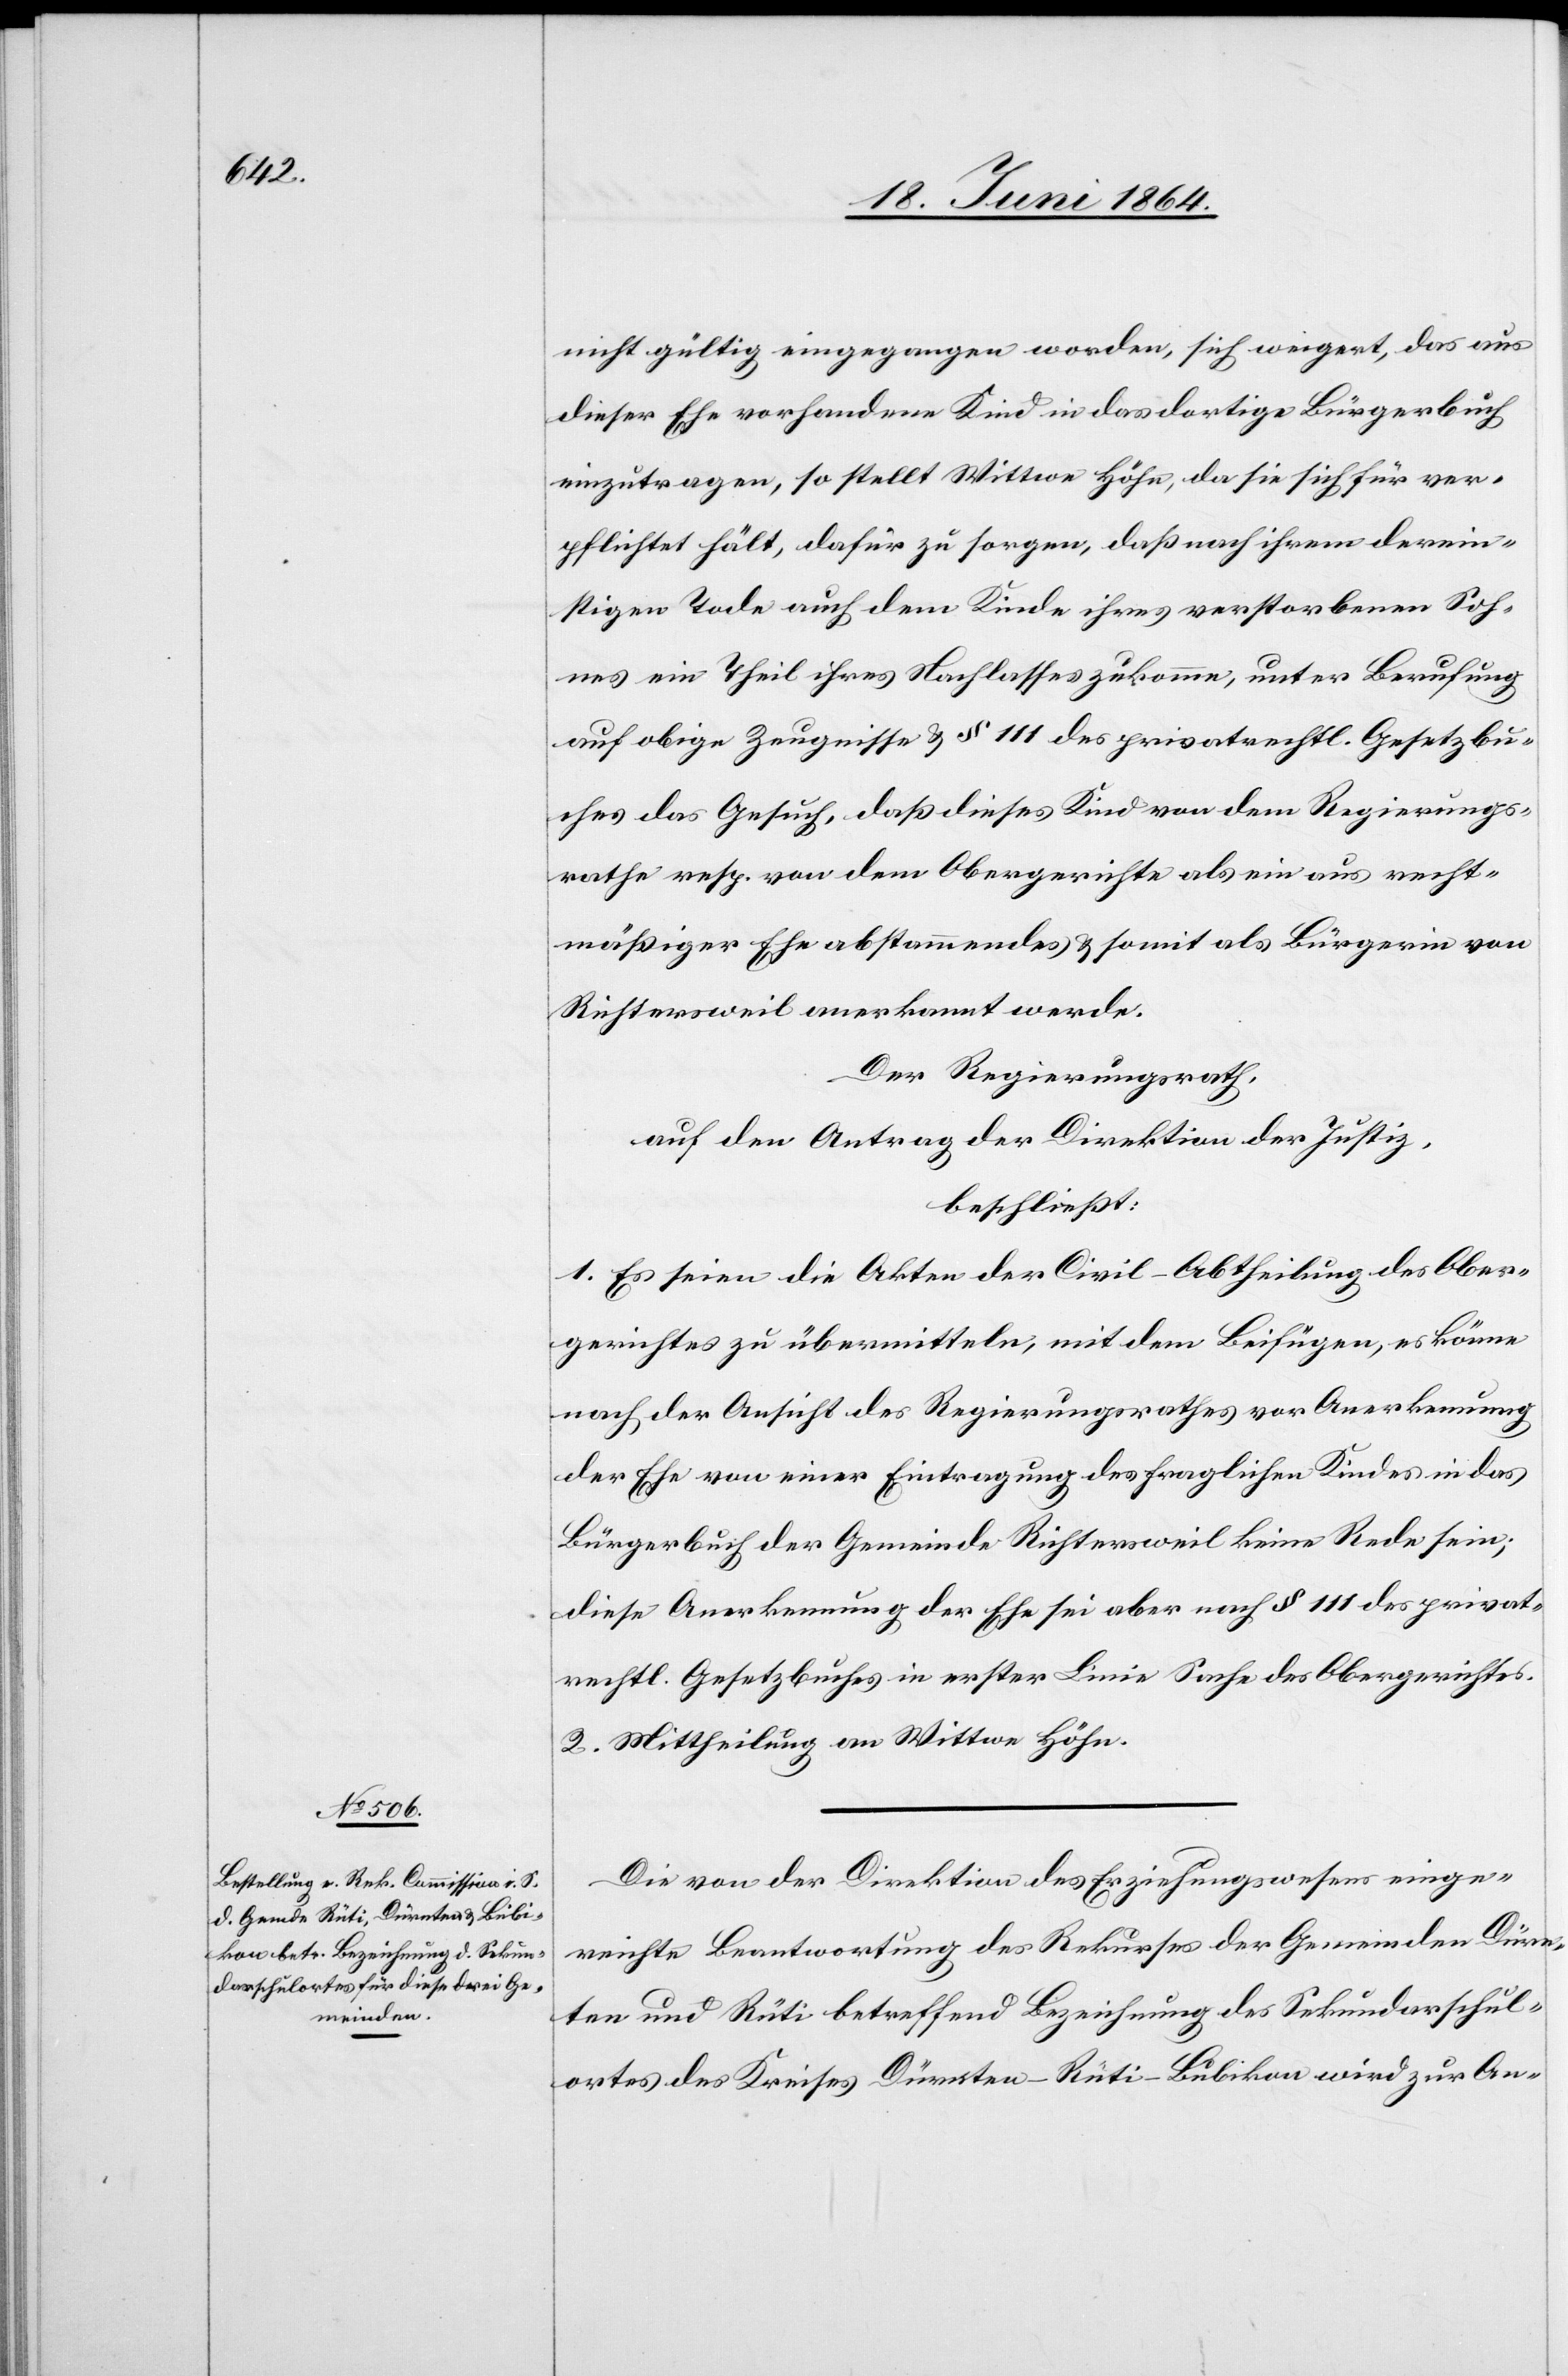
nicht gültig eingegangen worden, sich weigert, das aus
dieser Ehe vorhandene Kind in das dortige Bürgerbuch
einzutragen, so stellt Wittwe Höhn, da sie sich für ver¬
pflichtet hält, dafür zu sorgen, daß nach ihrem derein¬
stigen Tode auch dem Kinde ihres verstorbenen Soh¬
nes ein Theil ihres Nachlasses zukomme, unter Berufung
auf obige Zeugnisse u. § 111 des privatrechtl. Gesetzbu¬
ches das Gesuch, daß dieses Kind von dem Regierungs¬
rathe resp. von dem Obergerichte als ein aus recht¬
mäßiger Ehe abstammendes, u. somit als Bürgerin von
Richtersweil anerkannt werde.
Der Regierungsrath,
auf den Antrag der Direktion der Justiz,
beschließt:
1. Es seien die Akten der Civil-Abtheilung des Ober¬
gerichtes zu übermitteln, mit dem Beifügen, es könne
nach der Ansicht des Regierungsrathes vor Anerkennung
der Ehe von einer Eintragung des fraglichen Kindes in das
Bürgerbuch der Gemeinde Richtersweil keine Rede sein;
diese Anerkennung der Ehe sei aber nach § 111 des privat¬
rechtl. Gesetzbuches in erster Linie Sache des Obergerichtes.
2. Mittheilung an Wittwe Höhn.
Die von der Direktion des Erziehungswesens einge¬
reichte Beantwortung des Rekurses der Gemeinden Dürn¬
ten und Rüti betreffend Bezeichnung des Sekundarschul¬
ortes des Kreises Dürnten–Rüti–Bubikon wird zur An-